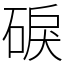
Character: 𥓎